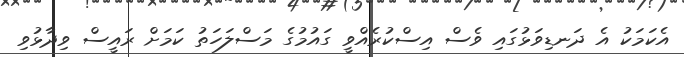
އެކަމަކު އެ ދަނޑިވަޅުގައި ވެސް އިސްކުރެއްވީ ގައުމުގެ މަސްލަހަތު ކަމަށް ރައީސް ވިދާޅުވި